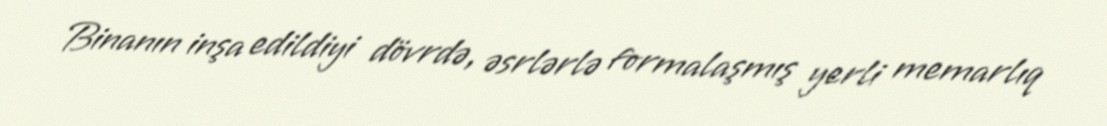
Binanın inşa edildiyi dövrdə, əsrlərlə formalaşmış yerli memarlıq